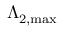
\Lambda _ { \mathrm { { 2 , \mathrm { { m a x } } } } }